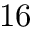
1 6